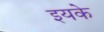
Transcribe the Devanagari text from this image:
इयके